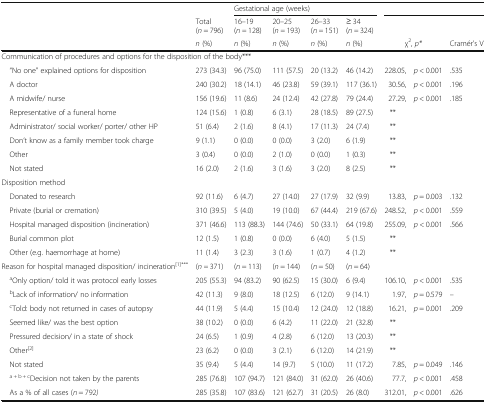
<table><thead><tr><td rowspan="3"></td><td></td><td colspan="4"><b>Gestational age (weeks)</b></td><td colspan="3"></td></tr><tr><td><b>Total (<i>n</i> = 796)</b></td><td><b>16–19 (<i>n =</i> 128)</b></td><td><b>20–25 (<i>n =</i> 193)</b></td><td><b>26–33 (<i>n =</i> 151)</b></td><td><b>≥ 34 (<i>n =</i> 324)</b></td><td></td><td></td><td></td></tr><tr><td><b><i>n</i> (%)</b></td><td><b><i>n</i> (%)</b></td><td><b><i>n</i> (%)</b></td><td><b><i>n</i> (%)</b></td><td><b><i>n</i> (%)</b></td><td colspan="2"><b>χ<sup>2</sup>, <i>p*</i></b></td><td><b>Cramér’s V</b></td></tr></thead><tbody><tr><td colspan="9">Communication of procedures and options for the disposition of the body***</td></tr><tr><td> “No one” explained options for disposition</td><td>273 (34.3)</td><td>96 (75.0)</td><td>111 (57.5)</td><td>20 (13.2)</td><td>46 (14.2)</td><td>228.05,</td><td><i>p</i> &lt; 0.001</td><td>.535</td></tr><tr><td> A doctor</td><td>240 (30.2)</td><td>18 (14.1)</td><td>46 (23.8)</td><td>59 (39.1)</td><td>117 (36.1)</td><td>30.56,</td><td><i>p</i> &lt; 0.001</td><td>.196</td></tr><tr><td> A midwife/ nurse</td><td>156 (19.6)</td><td>11 (8.6)</td><td>24 (12.4)</td><td>42 (27.8)</td><td>79 (24.4)</td><td>27.29,</td><td><i>p</i> &lt; 0.001</td><td>.185</td></tr><tr><td> Representative of a funeral home</td><td>124 (15.6)</td><td>1 (0.8)</td><td>6 (3.1)</td><td>28 (18.5)</td><td>89 (27.5)</td><td>**</td><td></td><td></td></tr><tr><td> Administrator/ social worker/ porter/ other HP</td><td>51 (6.4)</td><td>2 (1.6)</td><td>8 (4.1)</td><td>17 (11.3)</td><td>24 (7.4)</td><td>**</td><td></td><td></td></tr><tr><td> Don’t know as a family member took charge</td><td>9 (1.1)</td><td>0 (0.0)</td><td>0 (0.0)</td><td>3 (2.0)</td><td>6 (1.9)</td><td>**</td><td></td><td></td></tr><tr><td> Other</td><td>3 (0.4)</td><td>0 (0.0)</td><td>2 (1.0)</td><td>0 (0.0)</td><td>1 (0.3)</td><td>**</td><td></td><td></td></tr><tr><td> Not stated</td><td>16 (2.0)</td><td>2 (1.6)</td><td>3 (1.6)</td><td>3 (2.0)</td><td>8 (2.5)</td><td>**</td><td></td><td></td></tr><tr><td colspan="9">Disposition method</td></tr><tr><td> Donated to research</td><td>92 (11.6)</td><td>6 (4.7)</td><td>27 (14.0)</td><td>27 (17.9)</td><td>32 (9.9)</td><td>13.83,</td><td><i>p</i> = 0.003</td><td>.132</td></tr><tr><td> Private (burial or cremation)</td><td>310 (39.5)</td><td>5 (4.0)</td><td>19 (10.0)</td><td>67 (44.4)</td><td>219 (67.6)</td><td>248.52,</td><td><i>p</i> &lt; 0.001</td><td>.559</td></tr><tr><td> Hospital managed disposition (incineration)</td><td>371 (46.6)</td><td>113 (88.3)</td><td>144 (74.6)</td><td>50 (33.1)</td><td>64 (19.8)</td><td>255.09,</td><td><i>p</i> &lt; 0.001</td><td>.566</td></tr><tr><td> Burial common plot</td><td>12 (1.5)</td><td>1 (0.8)</td><td>0 (0.0)</td><td>6 (4.0)</td><td>5 (1.5)</td><td>**</td><td></td><td></td></tr><tr><td> Other (e.g. haemorrhage at home)</td><td>11 (1.4)</td><td>3 (2.3)</td><td>3 (1.6)</td><td>1 (0.7)</td><td>4 (1.2)</td><td>**</td><td></td><td></td></tr><tr><td>Reason for hospital managed disposition/ incineration<sup>[1]***</sup></td><td>(<i>n =</i> 371)</td><td>(<i>n</i> = 113)</td><td>(<i>n</i> = 144)</td><td>(<i>n</i> = 50)</td><td>(<i>n</i> = 64)</td><td></td><td></td><td></td></tr><tr><td> <sup>a</sup>Only option/ told it was protocol early losses</td><td>205 (55.3)</td><td>94 (83.2)</td><td>90 (62.5)</td><td>15 (30.0)</td><td>6 (9.4)</td><td>106.10,</td><td><i>p</i> &lt; 0.001</td><td>.535</td></tr><tr><td> <sup>b</sup>Lack of information/ no information</td><td>42 (11.3)</td><td>9 (8.0)</td><td>18 (12.5)</td><td>6 (12.0)</td><td>9 (14.1)</td><td>1.97,</td><td><i>p</i> = 0.579</td><td>–</td></tr><tr><td> <sup>c</sup>Told: body not returned in cases of autopsy</td><td>44 (11.9)</td><td>5 (4.4)</td><td>15 (10.4)</td><td>12 (24.0)</td><td>12 (18.8)</td><td>16.21,</td><td><i>p</i> = 0.001</td><td>.209</td></tr><tr><td> Seemed like/ was the best option</td><td>38 (10.2)</td><td>0 (0.0)</td><td>6 (4.2)</td><td>11 (22.0)</td><td>21 (32.8)</td><td>**</td><td></td><td></td></tr><tr><td> Pressured decision/ in a state of shock</td><td>24 (6.5)</td><td>1 (0.9)</td><td>4 (2.8)</td><td>6 (12.0)</td><td>13 (20.3)</td><td>**</td><td></td><td></td></tr><tr><td> Other<sup>[2]</sup></td><td>23 (6.2)</td><td>0 (0.0)</td><td>3 (2.1)</td><td>6 (12.0)</td><td>14 (21.9)</td><td>**</td><td></td><td></td></tr><tr><td> Not stated</td><td>35 (9.4)</td><td>5 (4.4)</td><td>14 (9.7)</td><td>5 (10.0)</td><td>11 (17.2)</td><td>7.85,</td><td><i>p</i> = 0.049</td><td>.146</td></tr><tr><td> <sup>a + b + c</sup>Decision not taken by the parents</td><td>285 (76.8)</td><td>107 (94.7)</td><td>121 (84.0)</td><td>31 (62.0)</td><td>26 (40.6)</td><td>77.7,</td><td><i>p</i> &lt; 0.001</td><td>.458</td></tr><tr><td> As a % of all cases (<i>n</i> = 792<i>)</i></td><td>285 (35.8)</td><td>107 (83.6)</td><td>121 (62.7)</td><td>31 (20.5)</td><td>26 (8.0)</td><td>312.01,</td><td><i>p</i> &lt; 0.001</td><td>.626</td></tr></tbody></table>